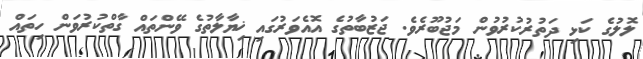
ލޮލުގެ ކަޅި ދަތުރުކުރުވުން މަޖުބޫރެވެ. ޖަޒުބާތުގެ އޮއެވަރުގައި ޚިޔާލާތުގެ ވޭންތައް ގާތްކުރުވަން ހިތައް